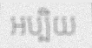
អប្បិយ